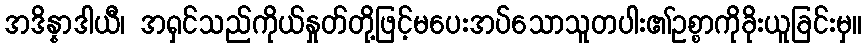
အဒိန္နာဒါယီ၊ အရှင်သည်ကိုယ်နှုတ်တို့ဖြင့်မပေးအပ်သောသူတပါး၏ဥစ္စာကိုခိုးယူခြင်းမှ။